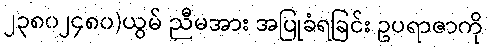
၂၃၈၀၂၄၈၀)ယွမ် ညီမအား အပြုခံရခြင်း ဥပရာဇာကို